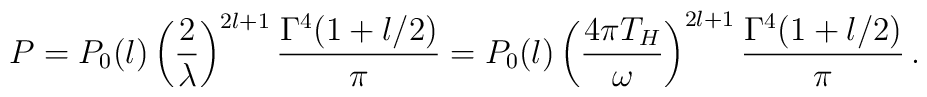
P = P_0(l) \left( \frac{2}{\lambda}\right)^{2l+1}\frac{\Gamma^4(1+l/2)}{\pi} = P_0(l) \left( \frac{4\pi T_H}{\omega}\right)^{2l+1}\frac{\Gamma^4 (1+l/2)}{\pi}\,.